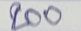
200